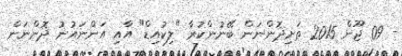
- 09 ޖޫން 2015 ތަށިދޮންނަން ބޭނުންކުރާ "ލިކުއިޑް" އާއި އަންނައުނު ދޮންނަން